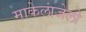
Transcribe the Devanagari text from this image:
माकेलांजेलो